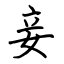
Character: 妾